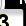
Digit: 3